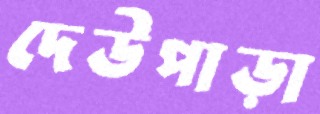
দেউপাড়া